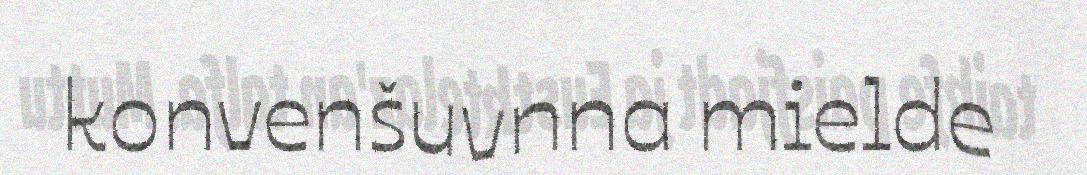
konvenšuvnna mielde